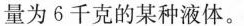
量为6千克的某种液体。